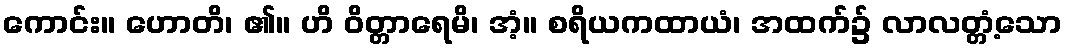
ကောင်း။ ဟောတိ၊ ၏။ ဟိ ဝိတ္တာရေမိ၊ အံ့။ စရိယကထာယံ၊ အထက်၌ လာလတ္တံ့သော